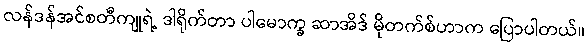
လန်ဒန်အင်စတီကျုရဲ့ ဒါရိုက်တာ ပါမောက္ခ ဆာအိဒ် မိုတက်စ်ဟာက ပြောပါတယ်။